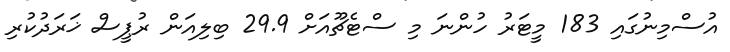
އުސްމިނުގައި 183 މީޓަރު ހުންނަ މި ސްޓެޗޫއަށް 29.9 ބިލިއަން ރުޕީސް ޚަރަދުކުރި